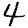
Digit: 4